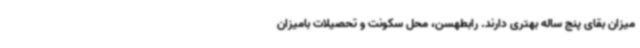
میزان بقای پنج ساله بهتری دارند. رابطهسن، محل سکونت و تحصیلات بامیزان